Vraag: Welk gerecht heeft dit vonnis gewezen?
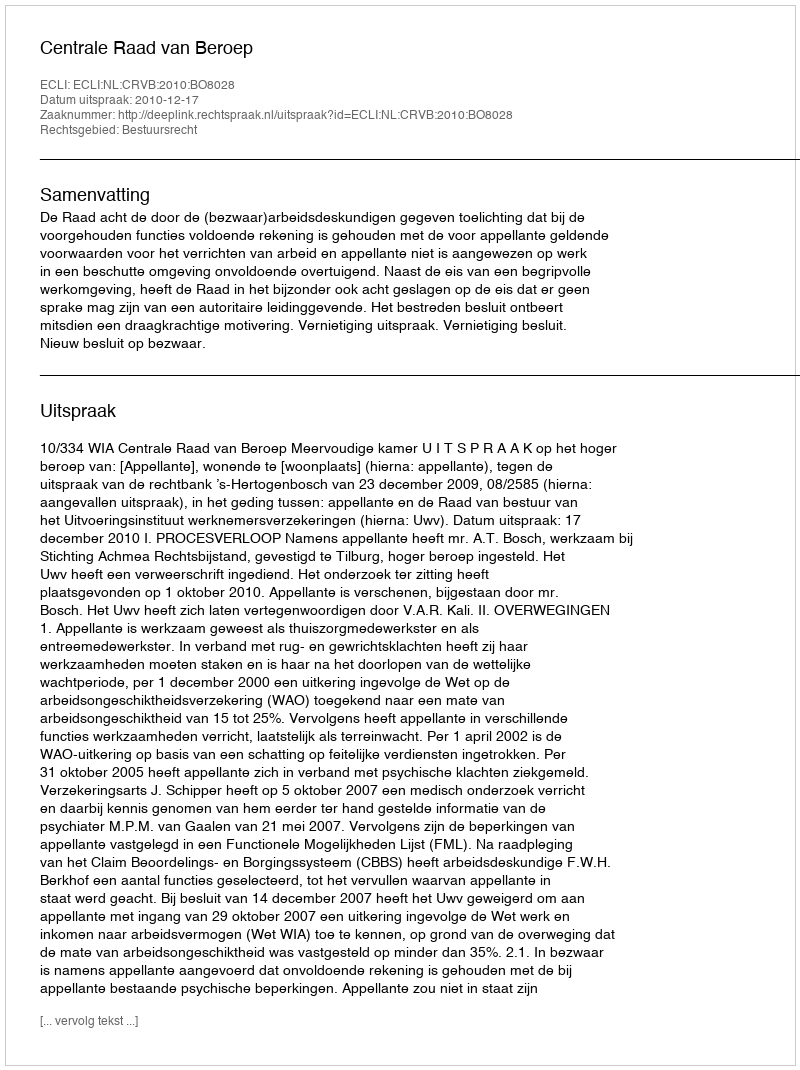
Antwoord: Centrale Raad van Beroep